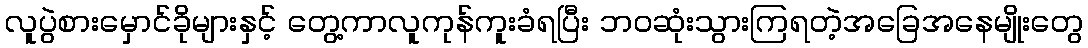
လူပွဲစားမှောင်ခိုများနှင့် တွေ့ကာလူကုန်ကူးခံရပြီး ဘဝဆုံးသွားကြရတဲ့အခြေအနေမျိုးတွေ